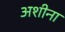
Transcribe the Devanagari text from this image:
अशीना